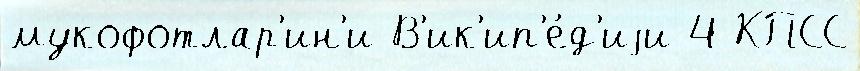
мукофотлар'ин'и В'ик'ип'е́д'иjи 4 КПСС